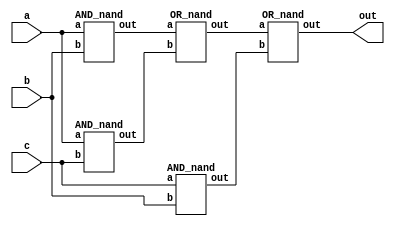
`timescale 1ns/1ps

module Majority(a, b, c, out);
input a, b, c;
output out;
wire tmp1, tmp2, tmp3, tmp4;
AND_nand and1(tmp1, a, b);
AND_nand and2(tmp2, a, c);
AND_nand and3(tmp3, c, b);
OR_nand or1(tmp4, tmp1, tmp2);
OR_nand or2(out, tmp4, tmp3);

endmodule

module AND_nand(out, a, b);
    input a, b;
    output out;
    wire tmp;
    nand n1(tmp, a, b);
    nand n2(out, tmp, tmp);
    endmodule

module OR_nand(out, a, b);
    input a, b;
    output out;
    wire tmp1, tmp2;
    nand n1(tmp1, a, a);
    nand n2(tmp2, b, b);
    nand n3(out, tmp1, tmp2);
    endmodule